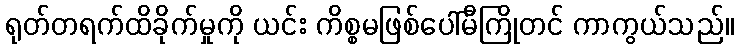
ရုတ်တရက်ထိခိုက်မှုကို ယင်း ကိစ္စမဖြစ်ပေါ်မီကြိုတင် ကာကွယ်သည်။